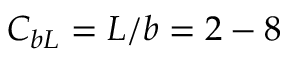
C _ { b L } = L / b = 2 - 8